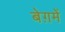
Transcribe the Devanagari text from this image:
बेग़में